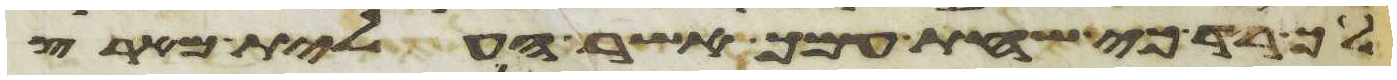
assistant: לך רד כי שחת עמך אשר העלית מארץ